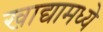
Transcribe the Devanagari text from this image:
खाद्यामध्ये